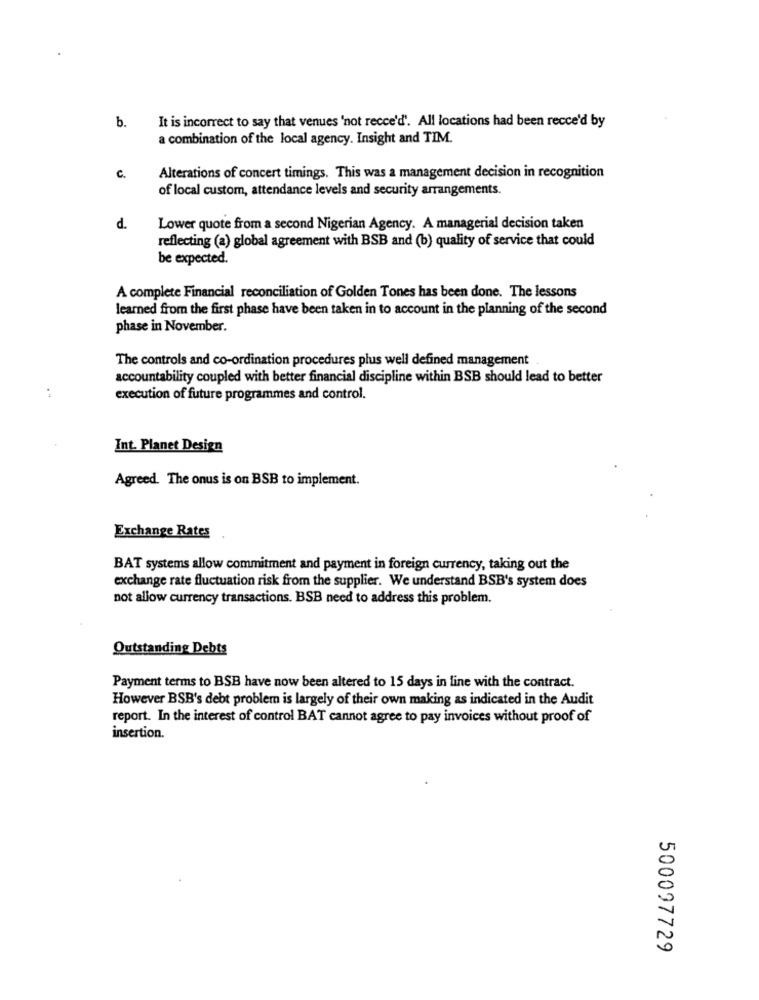
b.
It is incorrect to say that venues 'not recce'd'. All locations had been recce'd by
a combination of the local agency. Insight and TIM.
c.
Alterations of concert timings. This was a management decision in recognition
of local custom, attendance levels and security arrangements.
d.
Lower quote from a second Nigerian Agency. A managerial decision taken
reflecting (a) global agreement with BSB and (b) quality of service that could
be expected.
A complete Financial reconciliation of Golden Tones has been done. The lessons
learned from the first phase have been taken in to account in the planning of the second
phase in November.
The controls and co-ordination procedures plus well defined management
accountability coupled with better financial discipline within BSB should lead to better
execution of future programmes and control.
Int. Planet Design
Agreed. The onus is on BSB to implement.
Exchange Rates
BAT systems allow commitment and payment in foreign currency, taking out the
exchange rate fluctuation risk from the supplier. We understand BSB's system does
not allow currency transactions. BSB need to address this problem.
Outstanding Debts
Payment terms to BSB have now been altered to 15 days in line with the contract.
However BSB's debt problem is largely of their own making as indicated in the Audit
report. In the interest of control BAT cannot agree to pay invoices without proof of
insertion.
500097729